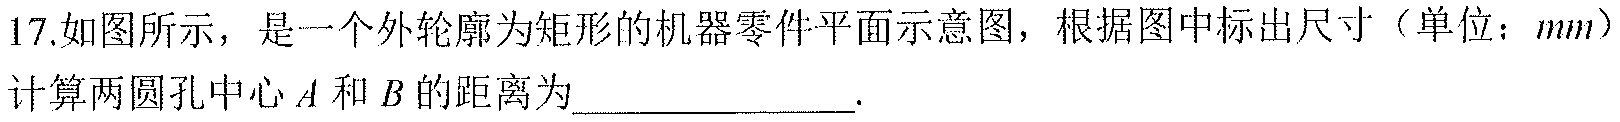
17.如图所示，是一个外轮廓为矩形的机器零件平面示意图，根据图中标出尺寸（单位：\(mm\)）计算两圆孔中心\(A\)和\(B\)的距离为\(\underline{\quad\quad}\).